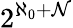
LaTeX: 2^{\aleph_{0}+\mathcal{N}}